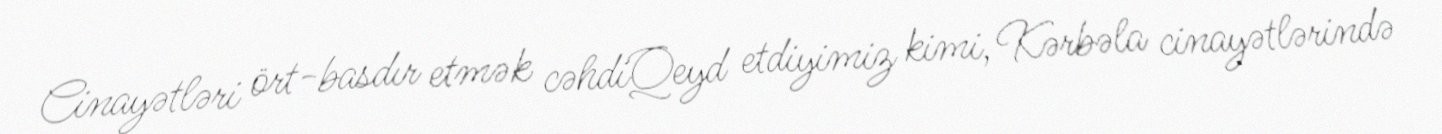
Cinayətləri ört-basdır etmək cəhdiQeyd etdiyimiz kimi, Kərbəla cinayətlərində